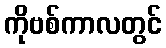
ကိုဗစ်ကာလတွင်